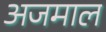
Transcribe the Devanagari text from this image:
अजमाल